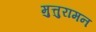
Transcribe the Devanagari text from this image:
मुत्तुरामन